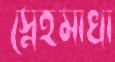
স্নেহমাখা